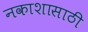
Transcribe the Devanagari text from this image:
नकाशासाठी